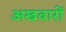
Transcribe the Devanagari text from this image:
अखवारों